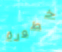
خطورة